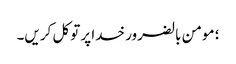
؛ مومن بالضرور خدا پر توکل کریں۔